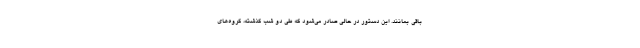
باقی بمانند. این دستور در حالی صادر می‌شود که طی دو شب گذشته، گروه‌های